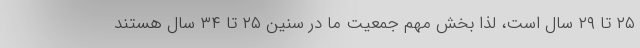
۲۵ تا ۲۹ سال است، لذا بخش مهم جمعیت ما در سنین ۲۵ تا ۳۴ سال هستند